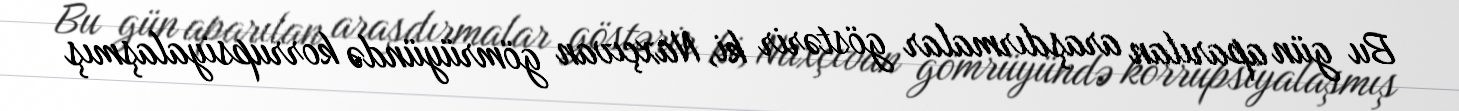
Bu gün aparılan araşdırmalar göstərir ki, Naxçıvan gömrüyündə korrupsiyalaşmış